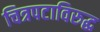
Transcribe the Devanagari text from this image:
चित्रपटाविरुद्ध